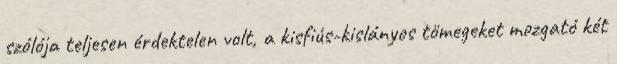
szólója teljesen érdektelen volt, a kisfiús-kislányos tömegeket mozgató két